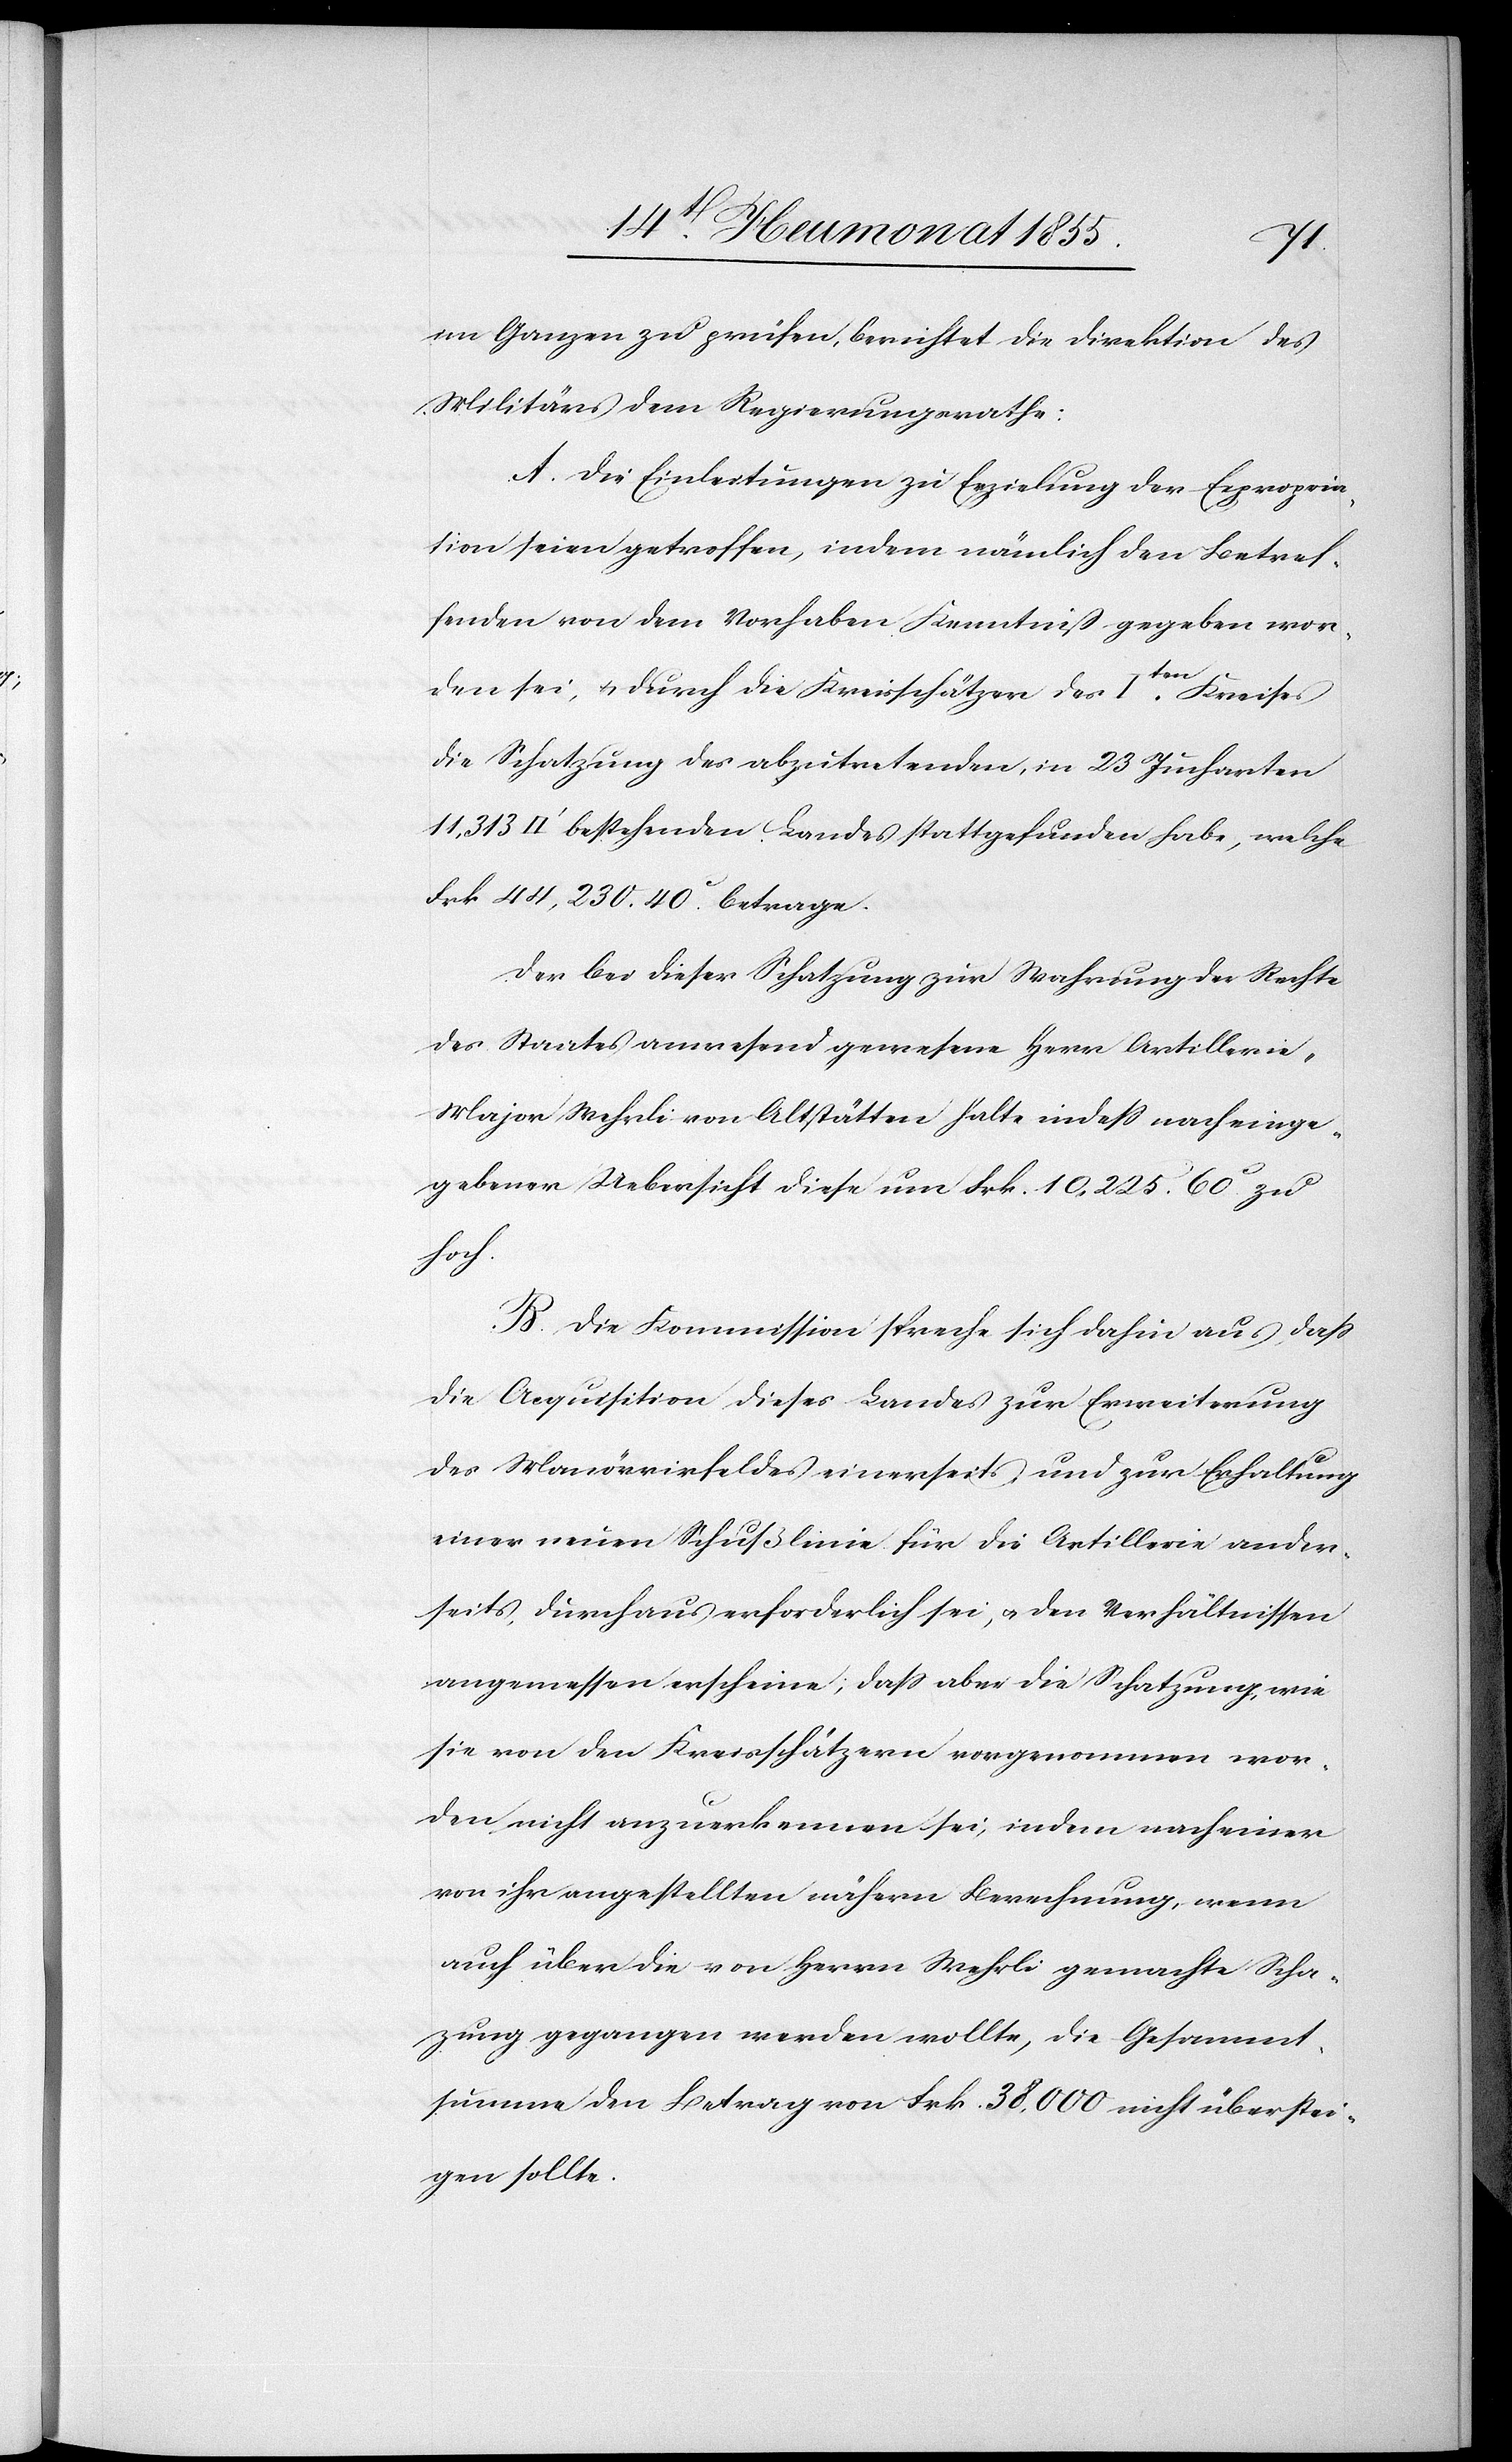
im Ganzen zu prüfen, berichtet die Direktion des
Militärs dem Regierungsrathe:
A. Die Einleitungen zu Erzielung der Expropria¬
tion seien getroffen, indem nämlich den Betref¬
fenden von dem Vorhaben Kenntniß gegeben wor¬
den sei, & durch die Kreisschätzer des Iten. Kreises
die Schatzung des abzutretenden, in 23 Jucharten
Frk. 44,230. 40C. betrage.
Der bei dieser Schatzung zur Wahrung der Rechte
des Staates anwesend gewesene Herr Artilleri¬
e-Major Wehrli von Altstätten halte indess nach einge¬
gebener Uebersicht diese um Frk. 10,225. 60C. zu
hoch.
B. Die Kommission spreche sich dahin aus, dass
die Acquisition dieses Landes zur Erweiterung
des Manövrirfeldes einerseits und zur Erhaltung
einer neuen Schußlinie für die Artillerie ander¬
seits, durchaus erforderlich sei, & den Verhältnissen
angemessen erscheine, dass aber die Schatzung, wie
sie von den Kreisschätzern vorgenommen wor¬
den, nicht anzuerkennen sei, indem nach einer
von ihr angestellten nähern Berechnung, wenn
auch über die von Herrn Wehrli gemachte Sch¬
a[t]zung gegangen werden wollte, die Gesammt¬
summe den Betrag von Frk. 38,000 nicht überstei¬
gen sollte.